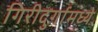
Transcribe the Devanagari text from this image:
गिरीदुर्गामध्ये